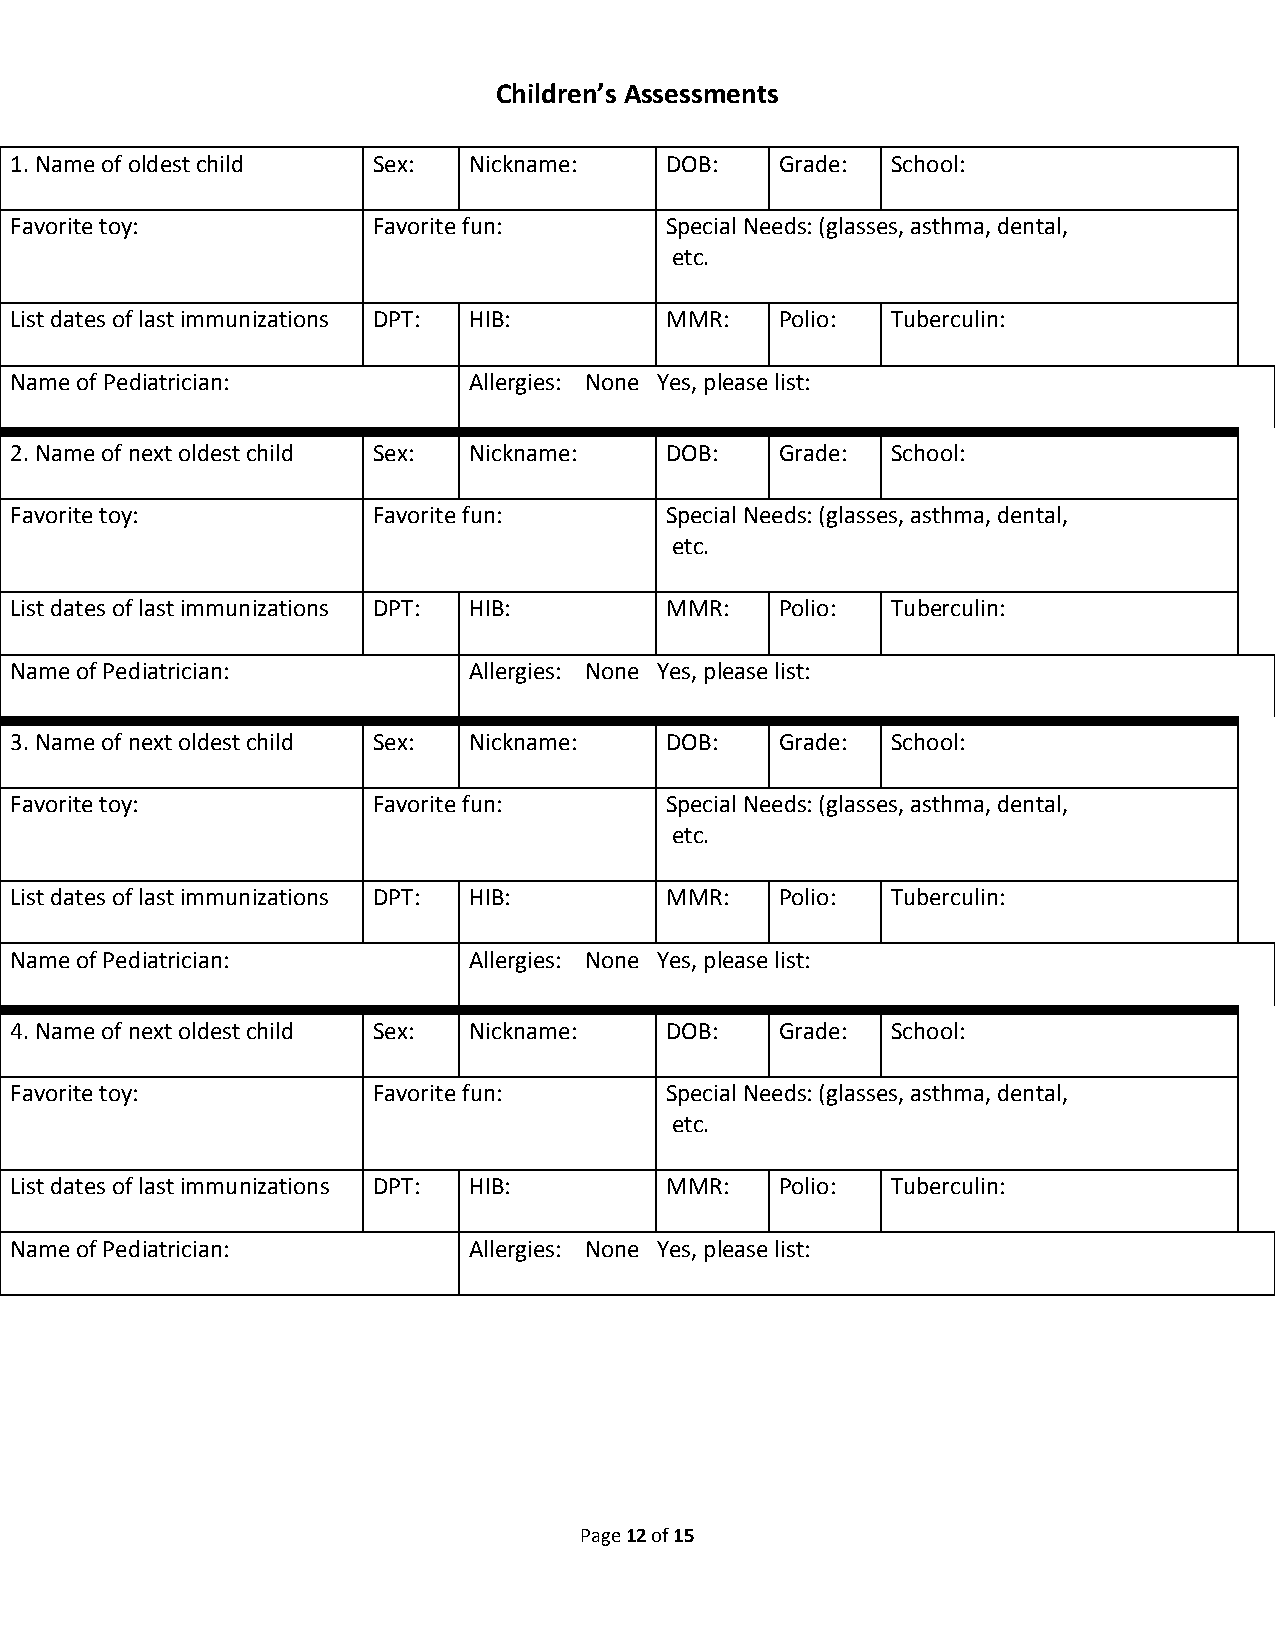
Children’s Assessments
 1. Name of oldest child Sex:  Nickname:    DOB:    Grade: School:
 Favorite toy:           Favorite fun:      Special Needs: (glasses, asthma, dental,
 etc.
 List dates of last immunizations DPT: HIB: MMR:    Polio: Tuberculin:
 Name of Pediatrician:         Allergies: None Yes, please list:
 2. Name of next oldest child Sex: Nickname: DOB:   Grade: School:
 Favorite toy:           Favorite fun:      Special Needs: (glasses, asthma, dental,
 etc.
 List dates of last immunizations DPT: HIB: MMR:    Polio: Tuberculin:
 Name of Pediatrician:         Allergies: None Yes, please list:
 3. Name of next oldest child Sex: Nickname: DOB:   Grade: School:
 Favorite toy:           Favorite fun:      Special Needs: (glasses, asthma, dental,
 etc.
 List dates of last immunizations DPT: HIB: MMR:    Polio: Tuberculin:
 Name of Pediatrician:         Allergies: None Yes, please list:
 4. Name of next oldest child Sex: Nickname: DOB:   Grade: School:
 Favorite toy:           Favorite fun:      Special Needs: (glasses, asthma, dental,
 etc.
 List dates of last immunizations DPT: HIB: MMR:    Polio: Tuberculin:
 Name of Pediatrician:         Allergies: None Yes, please list:
 Page 12 of 15